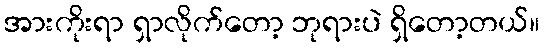
အားကိုးရာ ရှာလိုက်တော့ ဘုရားပဲ ရှိတော့တယ်။